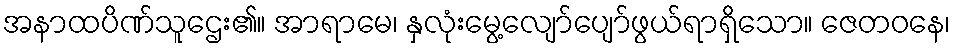
အနာထပိဏ်သူဌေး၏။ အာရာမေ၊ နှလုံးမွေ့လျော်ပျော်ဖွယ်ရာရှိသော။ ဇေတဝနေ၊